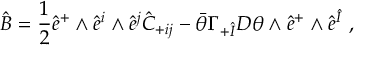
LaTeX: \hat { B } = \frac { 1 } { 2 } \hat { e } ^ { + } \wedge \hat { e } ^ { i } \wedge \hat { e } ^ { j } \hat { C } _ { + i j } - \bar { \theta } \Gamma _ { + \hat { I } } D \theta \wedge \hat { e } ^ { + } \wedge \hat { e } ^ { \hat { I } } ~ ,